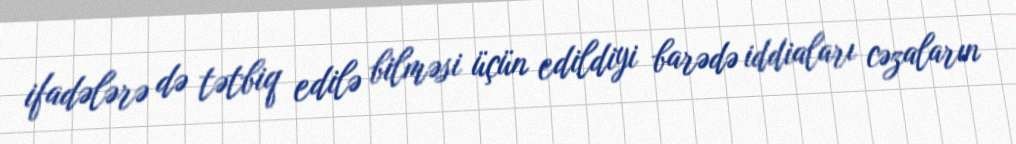
ifadələrə də tətbiq edilə bilməsi üçün edildiyi barədə iddiaları cəzaların